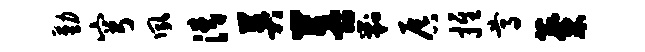
勤穹夙清英菩剿唇推尊麋